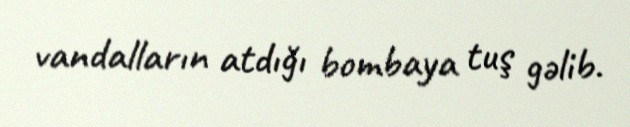
vandalların atdığı bombaya tuş gəlib.